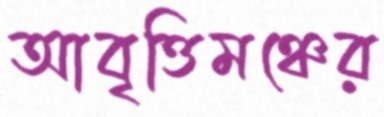
আবৃত্তিমঞ্চের